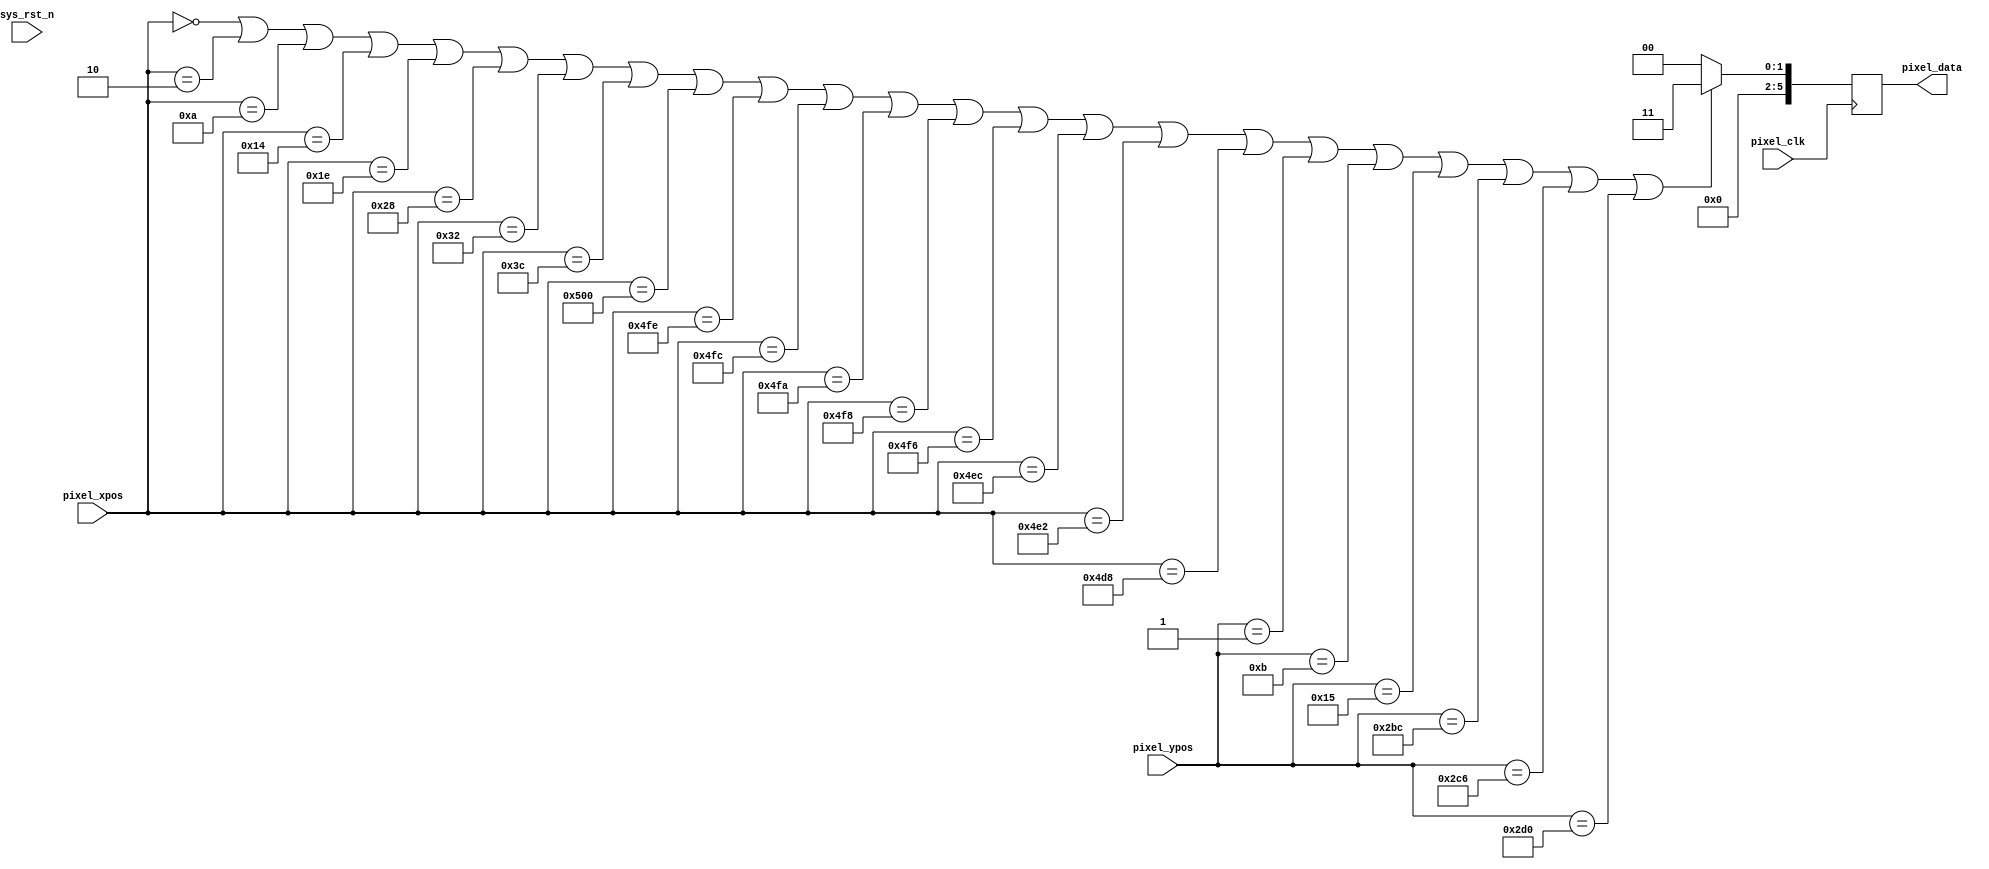
module  vga_display(
    input                pixel_clk,
    input                sys_rst_n,
    
    input        [10:0]  pixel_xpos,  //
    input        [10:0]  pixel_ypos,  //
    output  reg  [5:0]   pixel_data   //
);

//parameter define
parameter  H_DISP = 11'd1280;                       //
parameter  V_DISP = 11'd720;                        //

localparam WHITE  = 6'b11_11_11;  //RGB222 
localparam BLACK  = 6'b00_00_00;  //RGB222 
localparam RED    = 6'b11_00_00;  //RGB222 
localparam GREEN  = 6'b00_11_00;  //RGB222 
localparam Green  = 6'b00_01_00;  //RGB222 
localparam BLUE   = 6'b00_00_11;  //RGB222 

// wire
wire display_region;    // 
wire edge_region;       // 
wire axis_region;			//	
wire grid_region;			// 
    
//*****************************************************
//**                    main code
//*****************************************************

// 
assign display_region = ((pixel_xpos >= 140 - 1) && (pixel_xpos <= 1280 - 140) && (pixel_ypos >= 48) && (pixel_ypos <= 624)) ? 1'b1 : 1'b0;
// 
assign edge_region = ((pixel_xpos == 140 - 1) || (pixel_xpos == 1280 - 140) || (pixel_ypos == 48) || (pixel_ypos == 624)) ? 1'b1 : 1'b0;
// 
assign axis_region = ((pixel_xpos == 640) || (pixel_ypos == 336)) ? 1'b1 : 1'b0;
// 
assign grid_region = ((((( pixel_xpos / 64 ) * 64 - pixel_xpos) == 0) && (pixel_ypos[0])) || ((((pixel_ypos / 32) * 32 - pixel_ypos) == 0) && (pixel_xpos[0]))) ? 1'b1 : 1'b0;

// //
// always @(posedge pixel_clk ) begin
//     if (!sys_rst_n) begin
//         pixel_data <= WHITE;
//     end else begin
//         if(display_region) begin
//             if(edge_region) begin
//                 pixel_data <= GREEN;
//             end else if(grid_region) begin
//                 pixel_data <= Green;
//             end else begin
//                 pixel_data <= BLACK;
//             end
//         end else begin
//             pixel_data <= BLACK;
//         end
//     end  
// end

assign test_region = (  pixel_xpos == 0 ||
                        pixel_xpos == 2 ||
                        pixel_xpos == 10 || 
                        pixel_xpos == 20 ||
                        pixel_xpos == 30 || 
                        pixel_xpos == 40 ||
                        pixel_xpos == 50 ||
                        pixel_xpos == 60 ||
                        pixel_xpos == 1280 || 
                        pixel_xpos == 1278 || 
                        pixel_xpos == 1276 || 
                        pixel_xpos == 1274 || 
                        pixel_xpos == 1272 || 
                        pixel_xpos == 1270 ||
                        pixel_xpos == 1260 ||
                        pixel_xpos == 1250 ||
                        pixel_xpos == 1240 || 
                        pixel_ypos == 1 ||
                        pixel_ypos == 11 || 
                        pixel_ypos == 21 ||
                        pixel_ypos == 700||
                        pixel_ypos == 710||
                        pixel_ypos == 720);

always @(posedge pixel_clk ) begin
    if(test_region) begin
        pixel_data <= BLUE;
    end else begin
        pixel_data <= BLACK;
    end
end

endmodule